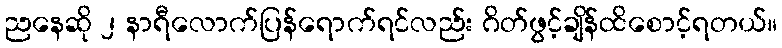
ညနေဆို ၂ နာရီလောက်ပြန်ရောက်ရင်လည်း ဂိတ်ဖွင့်ချိန်ထိစောင့်ရတယ်။